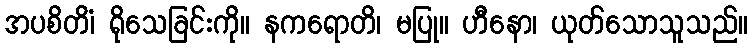
အပစိတိံ၊ ရိုသေခြင်းကို။ နကရောတိ၊ မပြု။ ဟီနော၊ ယုတ်သောသူသည်။